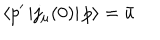
\left\langle p ^ { \prime } \left| j _ { \mu } ( 0 ) \right| p \right\rangle = \bar { u }